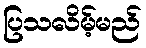
ပြသလိမ့်မည်